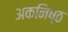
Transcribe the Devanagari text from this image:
अकनिष्ठ